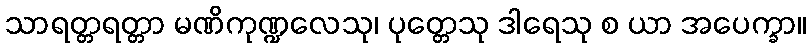
သာရတ္တရတ္တာ မဏိကုဏ္ဍလေသု၊ ပုတ္တေသု ဒါရေသု စ ယာ အပေက္ခာ။